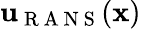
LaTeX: \mathbf{u}_{\mathrm{~R~A~N~S~}}(\mathbf{x})